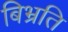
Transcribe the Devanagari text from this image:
बिभ्रति